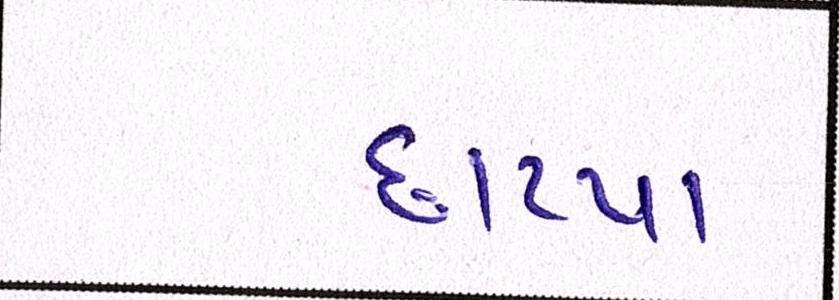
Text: છાપ્યા